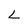
Character: L